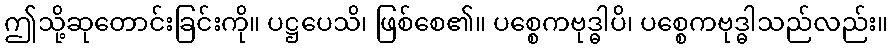
ဤသို့ဆုတောင်းခြင်းကို။ ပဋ္ဌပေသိ၊ ဖြစ်စေ၏။ ပစ္စေကဗုဒ္ဓါပိ၊ ပစ္စေကဗုဒ္ဓါသည်လည်း။